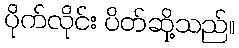
ပိုက်လိုင်း ပိတ်ဆို့သည်။